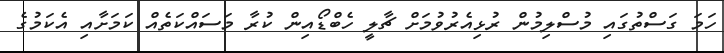
ހަމަ ގަސްތުގައި މުސްލިމުން ރުޅިއެރުވުމަށް ޗާލީ ހެބްޑޯއިން ކުރާ މަސައްކަތެއް ކަމަށާއި އެކަމުގެ